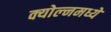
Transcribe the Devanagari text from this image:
क्योल्नमध्ये